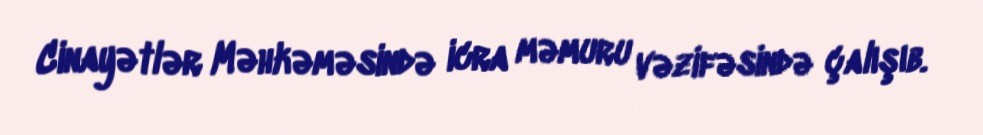
Cinayətlər Məhkəməsində icra məmuru vəzifəsində çalışıb.